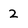
Character: 2